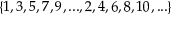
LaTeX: \{ 1 , 3 , 5 , 7 , 9 , . . . , 2 , 4 , 6 , 8 , 1 0 , . . . \}